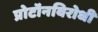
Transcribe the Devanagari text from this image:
प्रोटॉनविरोधी